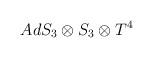
LaTeX: \begin{align*}AdS_{3}\otimes S_{3}\otimes T^{4}\protect\end{align*}